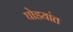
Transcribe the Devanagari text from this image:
घोडयांत